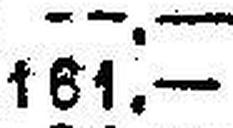
161.—